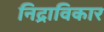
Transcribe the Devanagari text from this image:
निद्राविकार